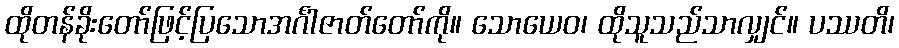
ထိုတန်ခိုးတော်ဖြင့်ပြသောအင်္ဂါဇာတ်တော်ကို။ သောယေဝ၊ ထိုသူသည်သာလျှင်။ ပဿတိ၊